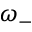
\omega _ { - }